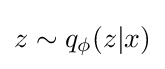
z\sim q_{\phi }(z|x)